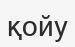
қойу